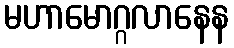
မဟာမောဂ္ဂလာနေန